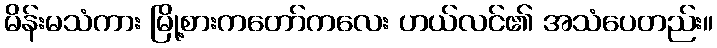
မိန်းမသံကား မြို့စားကတော်ကလေး ဟယ်လင်၏ အသံပေတည်း။